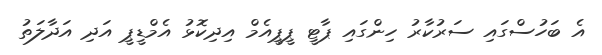
އެ ބަހުސްގައި ސަރުކާރު ހިންގައި ޕާޓީ ޕީޕީއެމް އިދިކޮޅު އެމްޑީޕީ އަދި އަދާލަތު